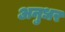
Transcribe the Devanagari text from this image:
अनुधर